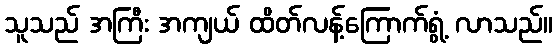
သူသည် အကြီး အကျယ် ထိတ်လန့်ကြောက်ရွံ့ လာသည်။